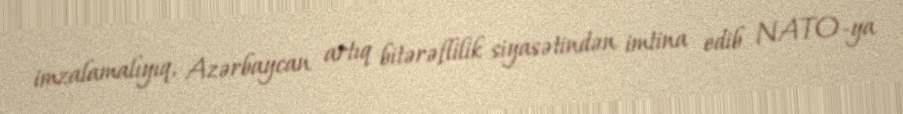
imzalamalıyıq, Azərbaycan artıq bitərəflilik siyasətindən imtina edib NATO-ya